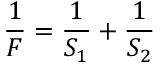
{ \frac { 1 } { F } } = { \frac { 1 } { S _ { 1 } } } + { \frac { 1 } { S _ { 2 } } }